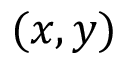
( x , y )